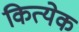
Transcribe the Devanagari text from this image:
कित्‍येक